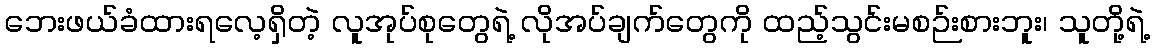
ဘေးဖယ်ခံထားရလေ့ရှိတဲ့ လူအုပ်စုတွေရဲ့ လိုအပ်ချက်တွေကို ထည့်သွင်းမစဉ်းစားဘူး၊ သူတို့ရဲ့